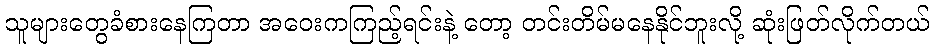
သူများတွေခံစားနေကြတာ အဝေးကကြည့်ရင်းနဲ့ တော့ တင်းတိမ်မနေနိုင်ဘူးလို့ ဆုံးဖြတ်လိုက်တယ်